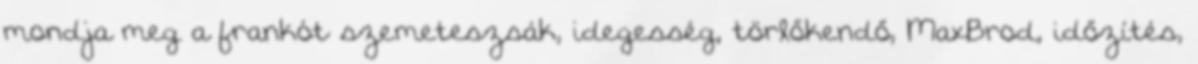
mondja meg a frankót szemeteszsák, idegesség, törlőkendő, MaxBrod, időzítés,